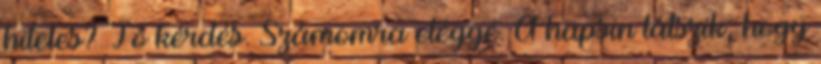
hiteles? Jó kérdés. Számomra eléggé. A hapsin látszik, hogy